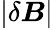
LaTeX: |\delta\boldsymbol B|